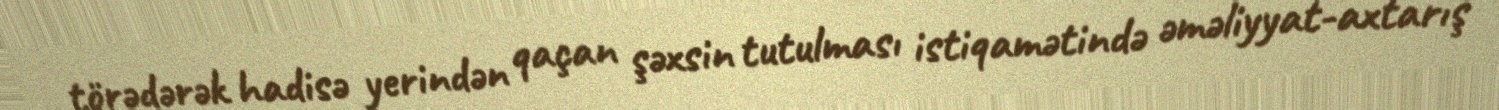
törədərək hadisə yerindən qaçan şəxsin tutulması istiqamətində əməliyyat-axtarış